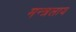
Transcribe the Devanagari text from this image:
मन्त्रलाय